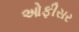
ઓફીસર